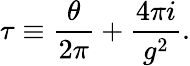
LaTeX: \tau\equiv\frac{\theta}{2\pi}+\frac{4\pi i}{g^{2}}.